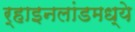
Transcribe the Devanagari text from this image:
र्‍हाइनलांडमध्ये